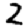
Digit: 2